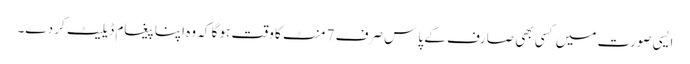
ایسی صورت میں کسی بھی صارف کے پاس صرف 7 منٹ کا وقت ہو گا کہ وہ اپنا پیغام ڈیلیٹ کر دے۔